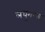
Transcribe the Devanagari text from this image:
लधुगणक